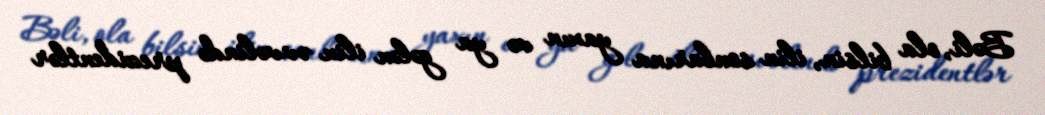
Bəli, ola bilsin, ilin sonlarına yaxın və ya gələn ilin əvvəlində prezidentlər